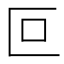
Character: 叵